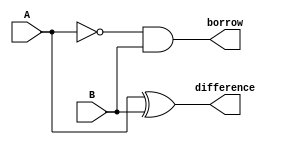
module Subtractor (
  input wire A,
  input wire B,
  output reg difference,
  output reg borrow
);

assign borrow = ~A & B;
assign difference = A ^ B;

endmodule